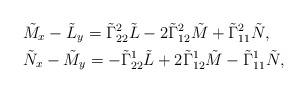
LaTeX: \begin{align*}& \tilde{M}_x-\tilde{L}_y=\tilde{\Gamma}^2_{22}\tilde{L}-2\tilde{\Gamma}^2_{12}\tilde{M}+\tilde{\Gamma}^2_{11}\tilde{N},\\& \tilde{N}_x-\tilde{M}_y=-\tilde{\Gamma}^1_{22}\tilde{L}+2\tilde{\Gamma}^1_{12}\tilde{M}-\tilde{\Gamma}^1_{11}\tilde{N},\end{align*}